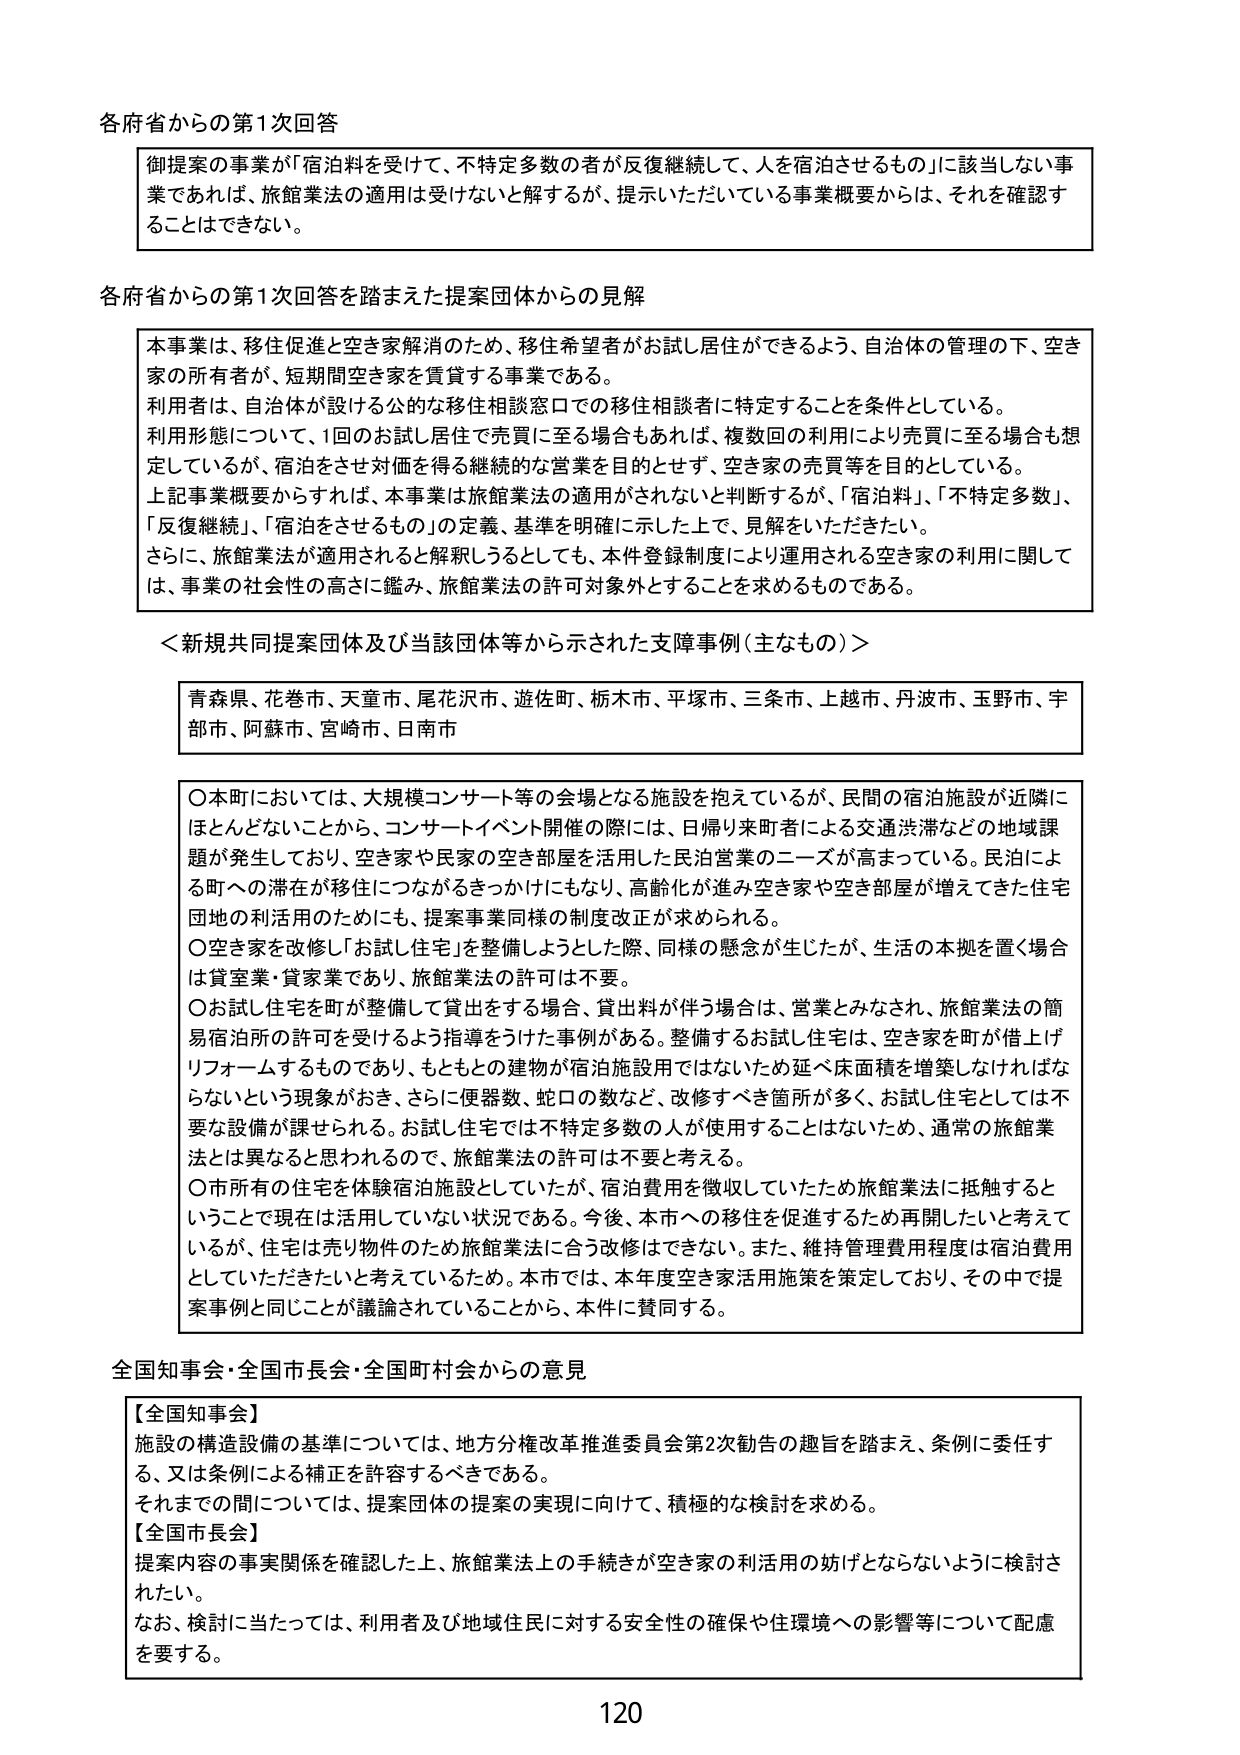
各府省からの第1次回答

御提案の事業が「宿泊料を受けて、不特定多数の者が反復継続して、人を宿泊させるもの」に該当しない事業であれば、旅館業法の適用は受けないと解するが、提示いただいている事業概要からは、それを確認することはできない。

各府省からの第1次回答を踏まえた提案団体からの見解

本事業は、移住促進と空き家解消のため、移住希望者がお試し居住ができるよう、自治体の管理の下、空き家の所有者が、短期間空き家を賃貸する事業である。
利用者は、自治体が設ける公的な移住相談窓口での移住相談者に特定することを条件としている。
利用形態について、1回のお試し居住で売買に至る場合もあれば、複数回の利用により売買に至る場合も想定しているが、宿泊をさせ対価を得る継続的な営業を目的とせず、空き家の売買等を目的としている。
上記事業概要からすれば、本事業は旅館業法の適用がされないと判断するが、「宿泊料」、「不特定多数」、「反復継続」、「宿泊をさせるもの」の定義、基準を明確に示した上で、見解をいただきたい。
さらに、旅館業法が適用されると解釈しうるとしても、本件登録制度により運用される空き家の利用に関しては、事業の社会性の高さに鑑み、旅館業法の許可対象外とすることを求めるものである。

＜新規共同提案団体及び当該団体等から示された支障事例（主なもの）＞

青森県、花巻市、天童市、尾花沢市、遊佐町、栃木市、平塚市、三条市、上越市、丹波市、玉野市、宇部市、阿蘇市、宮崎市、日南市

○本町においては、大規模コンサート等の会場となる施設を抱えているが、民間の宿泊施設が近隣にほとんどないことから、コンサートイベント開催の際には、日帰り来町者による交通渋滞などの地域課題が発生しており、空き家や民家の空き部屋を活用した民泊営業のニーズが高まっている。民泊による町への滞在が移住につながるきっかけにもなり、高齢化が進み空き家や空き部屋が増えてきた住宅団地の利活用のためにも、提案事業同様の制度改正が求められる。
○空き家を改修し「お試し住宅」を整備しようとした際、同様の懸念が生じたが、生活の本拠を置く場合は貸室業・貸家業であり、旅館業法の許可は不要。
○お試し住宅を町が整備して貸出をする場合、貸出料が伴う場合は、営業とみなされ、旅館業法の簡易宿泊所の許可を受けるよう指導を受けた事例がある。整備するお試し住宅は、空き家を町が借上げリフォームするものであり、もともとの建物が宿泊施設用ではないため延べ床面積を増築しなければならないという現象がおき、さらに便器数、蛇口の数など、改修すべき箇所が多く、お試し住宅としては不要な設備が課せられる。お試し住宅では不特定多数の人が使用することはないため、通常の旅館業法とは異なると思われるので、旅館業法の許可は不要と考える。
○市所有の住宅を体験宿泊施設としていたが、宿泊費用を徴収していたため旅館業法に抵触するということで現在は活用していない状況である。今後、本市への移住を促進するため再開したいと考えているが、住宅は売り物件のため旅館業法に合う改修はできない。また、維持管理費用程度は宿泊費用としていただきたいと考えているため。本市では、本年度空き家活用施策を策定しており、その中で提案事例と同じことが議論されていることから、本件に賛同する。

全国知事会・全国市長会・全国町村会からの意見

【全国知事会】
施設の構造設備の基準については、地方分権改革推進委員会第2次勧告の趣旨を踏まえ、条例に委任する、又は条例による補正を許容するべきである。
それまでの間については、提案団体の提案の実現に向けて、積極的な検討を求める。
【全国市長会】
提案内容の事実関係を確認した上、旅館業法上の手続きが空き家の利活用の妨げとならないように検討されたい。
なお、検討に当たっては、利用者及び地域住民に対する安全性の確保や住環境への影響等について配慮を要する。

120